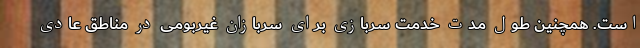
است. همچنین طول مدت خدمت سربازی برای سربازان غیربومی در مناطق عادی